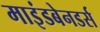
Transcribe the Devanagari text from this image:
माइंडबेनडर्स